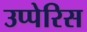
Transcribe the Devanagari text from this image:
उप्पेरिस